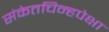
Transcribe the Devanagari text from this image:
संकेतचिन्हपेक्षा